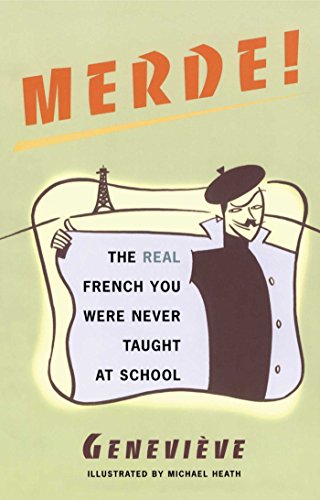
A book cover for Merde!: The Real French You Were Never Taught at School (Sexy Slang Series); Genevieve; Reference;